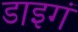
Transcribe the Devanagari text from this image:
डाइगं